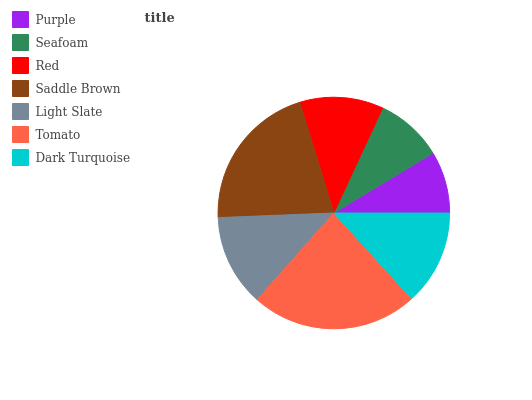
| Purple | Seafoam | Red | Saddle Brown | Light Slate | Tomato | Dark Turquoise |
 | --- | --- | --- | --- | --- | --- | --- |
 | 8.65% | 9.43% | 11.7% | 20.9% | 12.8% | 23.3% | 13.3% |